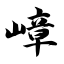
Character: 嶂